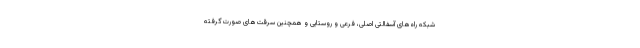
شبکه راه‌های آسفالتی اصلی، فرعی و روستایی و همچنین سرقت‌های صورت‌گرفته